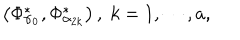
LaTeX: \left( \Phi _ { \alpha _ { 0 } } ^ { * } , \Phi _ { \alpha _ { 2 k } } ^ { * } \right) , \; k = 1 , \cdots , a ,